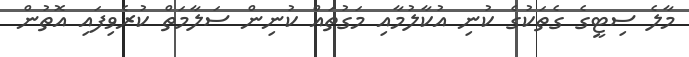
މާލެ ސިޓީގެ ގެތަކުގެ ކުނި އުކާލުމާއި މަގުތައް ކުނިން ސަލާމަތް ކުރެވިފައި އޮތުން